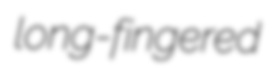
long-fingered